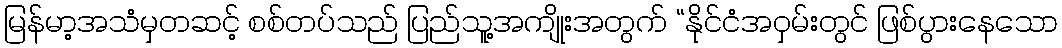
မြန်မာ့အသံမှတဆင့် စစ်တပ်သည် ပြည်သူ့အကျိုးအတွက် “နိုင်ငံအဝှမ်းတွင် ဖြစ်ပွားနေသော